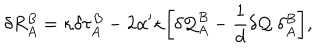
\delta R _ { A } ^ { B } = \kappa \delta \tau _ { A } ^ { B } - 2 \alpha ^ { \prime } \kappa \biggl [ \delta { \cal Q } _ { A } ^ { B } - \frac { 1 } { d } \delta { \cal Q } ~ \delta _ { A } ^ { B } \biggr ] ,